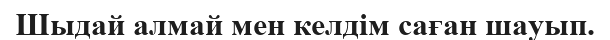
Шыдай алмай мен келдім саған шауып.